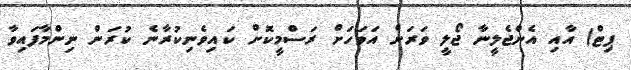
ޕިޓް) އާއި އެންޖެލީނާ ޖޯލީ ވަރަށް އަވަހަށް ރަސްމީކޮށް ކައިވެނިކުރާނެ ކުރަން ނިންމާފައިވާ